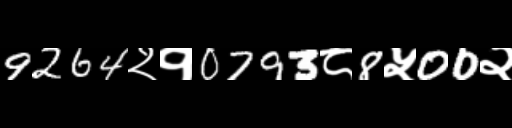
Text: 9264२१0793८8५00२